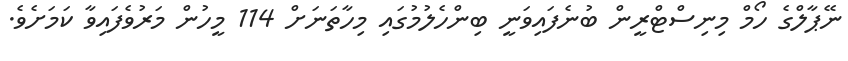
ނޭޕާލްގެ ހޯމް މިނިސްޓްރީން ބުނެފައިވަނީ ބިންހެލުމުގައި މިހާތަނަށް 114 މީހުން މަރުވެފައިވާ ކަމަށެވެ.